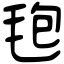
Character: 𣭚